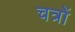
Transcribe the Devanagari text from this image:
चत्रों